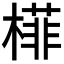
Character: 𬄟